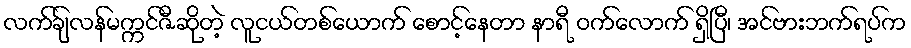
လက်ချ်လန်မက္ကင်ဇီဆိုတဲ့ လူငယ်တစ်ယောက် စောင့်နေတာ နာရီ ဝက်လောက် ရှိပြီ၊ အင်ဗားဘက်ရပ်က